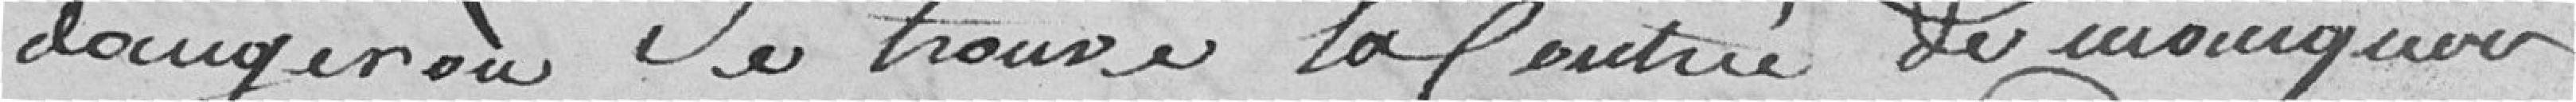
danger où se trouve la contrée de manquer